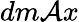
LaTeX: dm\mathcal{A}x